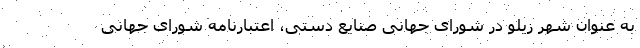
به عنوان شهر زیلو در شورای جهانی صنایع دستی، اعتبارنامه شورای جهانی